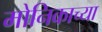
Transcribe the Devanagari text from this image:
मोनिकाच्या